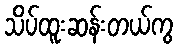
သိပ်ထူးဆန်းတယ်ကွ